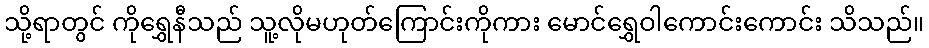
သို့ရာတွင် ကိုရွှေနီသည် သူ့လိုမဟုတ်ကြောင်းကိုကား မောင်ရွှေဝါကောင်းကောင်း သိသည်။